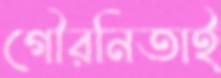
গৌরনিতাই